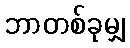
ဘာတစ်ခုမျှ